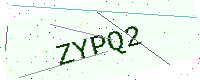
Text: ZYPQ2